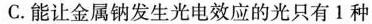
C.能让金属钠发生光电效应的光只有1种